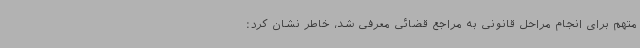
متهم برای انجام مراحل قانونی به مراجع قضائی معرفی شد، خاطر نشان کرد: